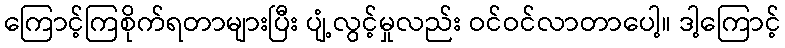
ကြောင့်ကြစိုက်ရတာများပြီး ပျံ့လွင့်မှုလည်း ဝင်ဝင်လာတာပေါ့။ ဒါ့ကြောင့်